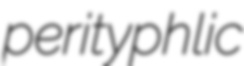
perityphlic